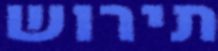
תירוש